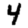
Digit: 4